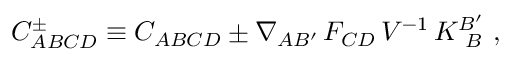
C _ { A B C D } ^ { \pm } \equiv C _ { A B C D } \pm \nabla _ { A B ^ { \prime } } \, F _ { C D } \, V ^ { - 1 } \, K _ { \ B } ^ { B ^ { \prime } } \ ,